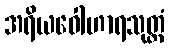
အရိယဝေါဟာရသုတ္တံ